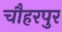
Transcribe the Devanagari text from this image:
चौहरपुर